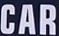
CAR